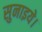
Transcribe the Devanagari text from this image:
सुनाइये।